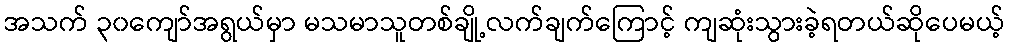
အသက် ၃၀ကျော်အရွယ်မှာ မသမာသူတစ်ချို့လက်ချက်ကြောင့် ကျဆုံးသွားခဲ့ရတယ်ဆိုပေမယ့်